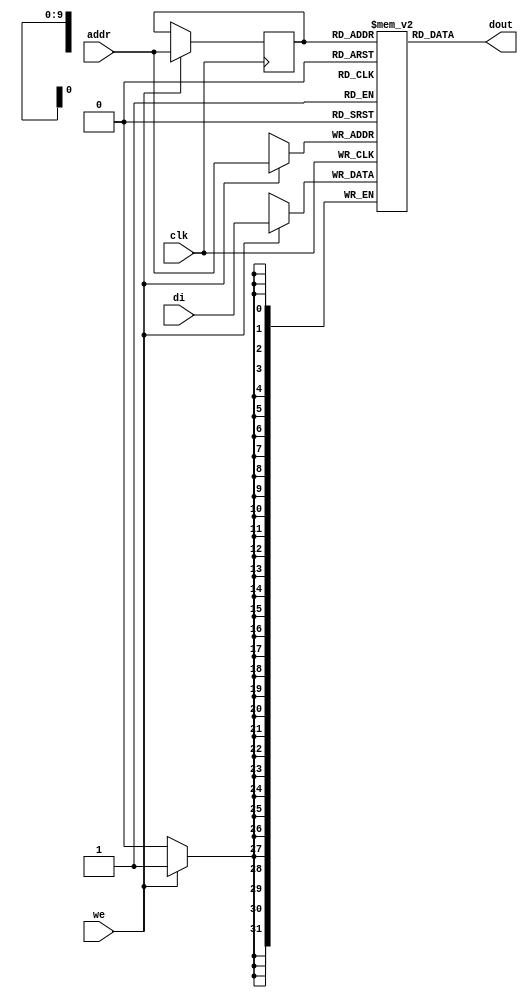

module rams_sp_reg_addr_1024x32 (clk, we, addr, di, dout);
input clk;
input we;
input [9:0] addr;
input [31:0] di;
output [31:0] dout;

reg [9:0] addr_reg;
reg [31:0] RAM [1023:0];
// reg [31:0] dout;

always @(posedge clk)
    begin
        if (we)
        begin
            RAM[addr] <= di;
            addr_reg <= addr;
        end
    end


assign dout = RAM[addr_reg]; // read with registered addr
endmodule